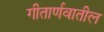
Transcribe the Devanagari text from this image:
गीतार्णवातील